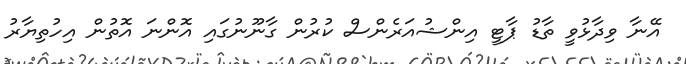
އޭނާ ވިދާޅުވީ ތާޑު ޕާޓީ އިންޝުއަރެންސް ކުރުން ގާނޫނުގައި އޮންނަ އޮތުން އިހުތިޔާރު